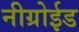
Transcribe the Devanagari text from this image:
नीग्रोईड